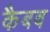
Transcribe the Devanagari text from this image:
कैबब